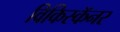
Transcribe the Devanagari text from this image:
विकिस्कॅनर